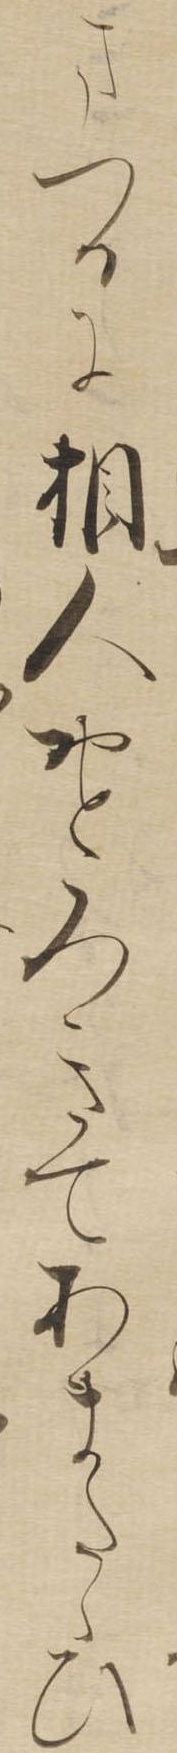
まつるに相人おとろきてあまたゝひ